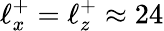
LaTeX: \ell_{x}^{+}=\ell_{z}^{+}\approx 24